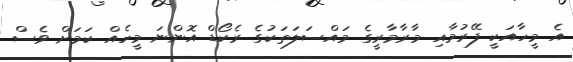
އެ މީހާއަކީ ފޭރުމާއި މާރާމާރީގެ މައްސަލަތަކުގެ ރެކޯޑް އޮންނަ މީހެއް ކަމަށް ވެސް